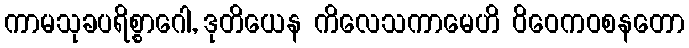
ကာမသုခပရိစ္စာဂေါ, ဒုတိယေန ကိလေသကာမေဟိ ဝိဝေကဝစနတော